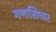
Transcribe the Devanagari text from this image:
गणासिधार